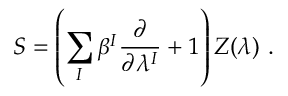
S = \left( \sum _ { I } \beta ^ { I } \frac { \partial } { \partial \lambda ^ { I } } + 1 \right) Z ( \lambda ) \ .